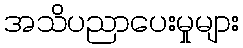
အသိပညာပေးမှုများ